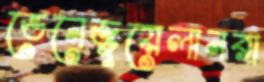
ভেনেজুয়েলানরা